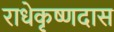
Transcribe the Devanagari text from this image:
राधेकृष्णदास